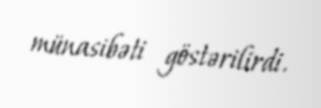
münasibəti göstərilirdi.